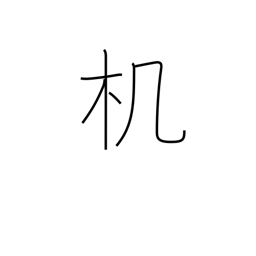
Meaning: desk